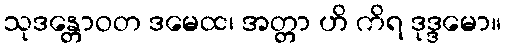
သုဒန္တောဝတ ဒမေထ၊ အတ္တာ ဟိ ကိရ ဒုဒ္ဒမော။